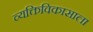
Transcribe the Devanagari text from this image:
व्यक्तिविकासाला